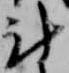
計